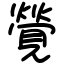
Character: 覮